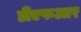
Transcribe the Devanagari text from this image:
डीएफआर